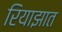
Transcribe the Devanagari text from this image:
रियाझात